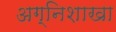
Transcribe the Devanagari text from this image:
अग्निशाखा